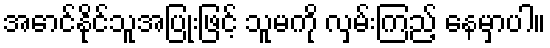
အောင်နိုင်သူအပြုံးဖြင့် သူမကို လှမ်းကြည့် နေမှာပါ။